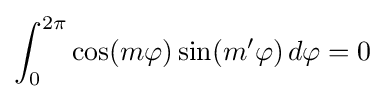
\int _{0}^{2\pi }\cos(m\varphi )\sin(m'\varphi )\,d\varphi =0